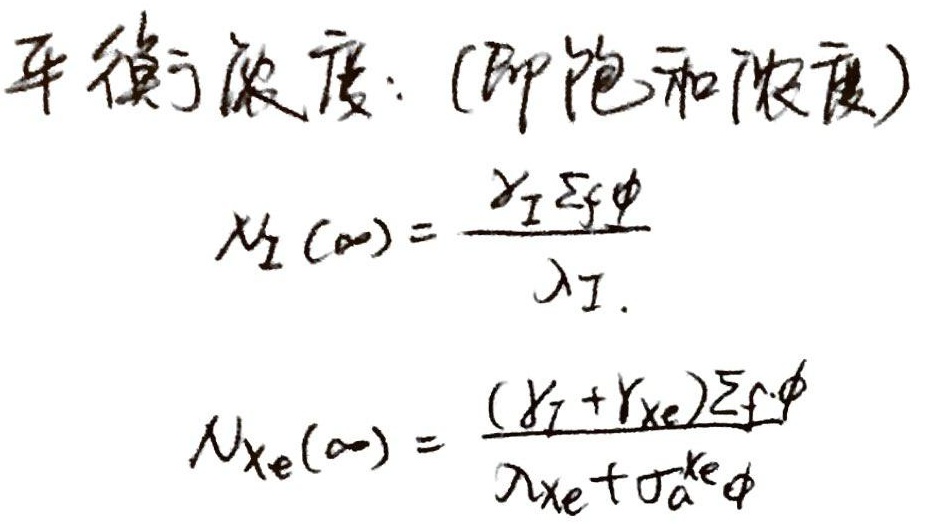
平衡浓度：(即饱和浓度)
\[
N_{I}(\infty)=\frac{\gamma_{I}\Sigma_{f}\phi}{\lambda_{I}}
\]
\[
N_{\mathrm{Xe}}(\infty)=\frac{(\gamma_{I}+\gamma_{\mathrm{Xe}})\Sigma_{f}\phi}{\lambda_{\mathrm{Xe}}+\sigma_{a}^{\mathrm{Xe}}\phi}
\]